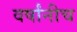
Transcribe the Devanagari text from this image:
वर्षांनीच